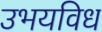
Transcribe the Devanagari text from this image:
उभयविध